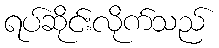
ရပ်ဆိုင်းလိုက်သည်